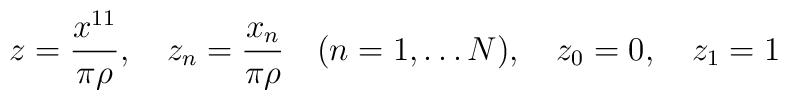
z = \frac{x^{11}}{\pi \rho},  \quad z_{n} = \frac{x_{n}}{\pi \rho} \quad(n = 1, \ldots N), \quad z_{0} = 0, \quad z_{1} = 1